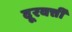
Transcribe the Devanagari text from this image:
दूरवर्त्ती